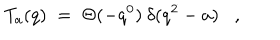
LaTeX: T _ { a } ( q ) \; = \; \Theta ( - q ^ { 0 } ) \: \delta ( q ^ { 2 } - a ) ,